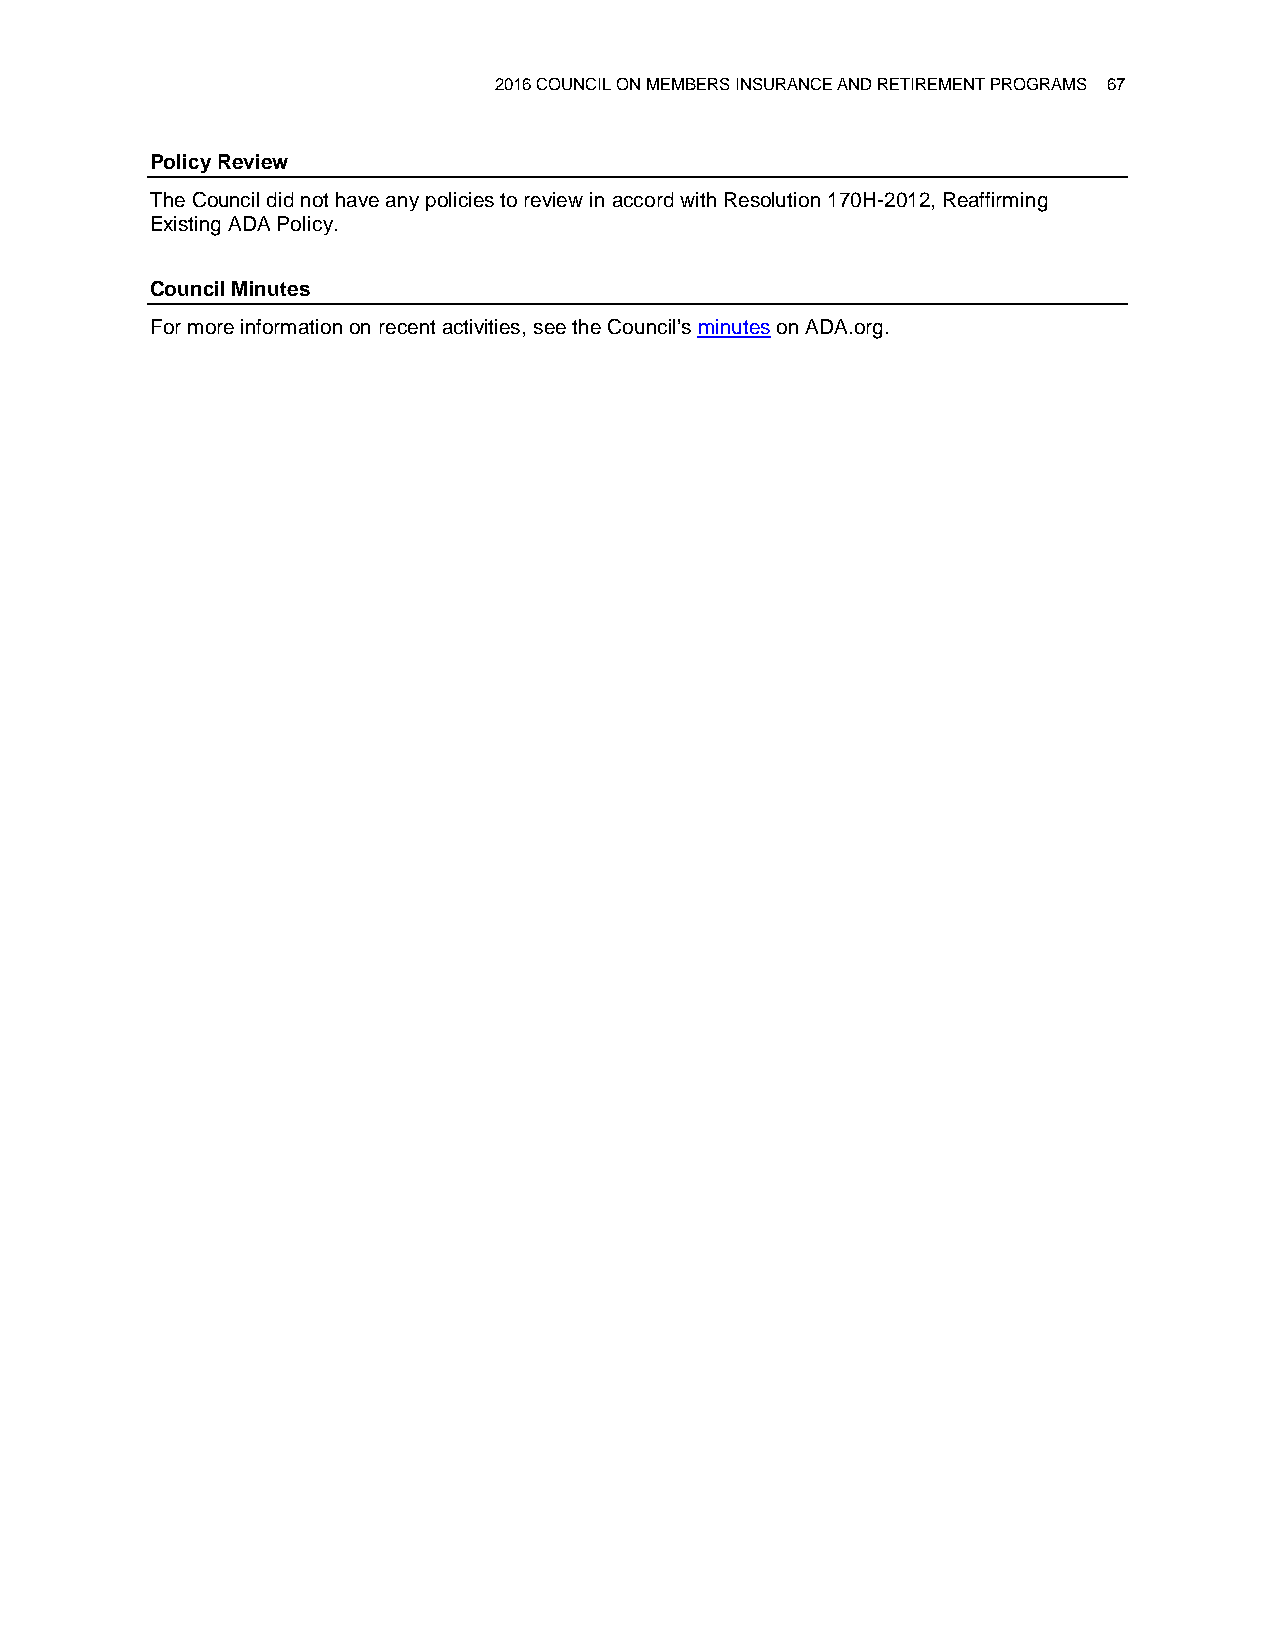
2016 COUNCIL ON MEMBERS INSURANCE AND RETIREMENT PROGRAMS 67
 Policy Review
 The Council did not have any policies to review in accord with Resolution 170H-2012, Reaffirming
 Existing ADA Policy.
 Council Minutes
 For more information on recent activities, see the Council’s minutes on ADA.org.